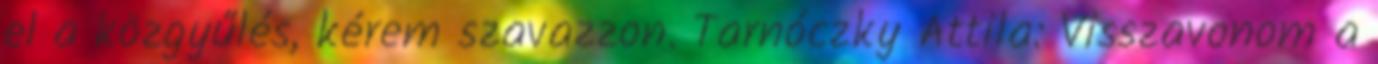
el a közgyűlés, kérem szavazzon. Tarnóczky Attila: Visszavonom a